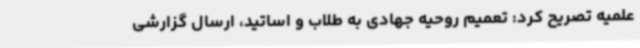
علمیه تصریح کرد: تعمیم روحیه جهادی به طلاب و اساتید، ارسال گزارشی